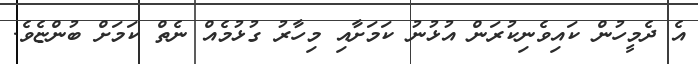
އެ ދެމީހުން ކައިވެނިކުރަން އުޅުނު ކަމަށާއި މިހާރު ގުޅުމެއް ނެތް ކަމަށް ބުންޏެވެ.